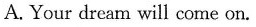
A. Your dream will come on.